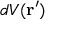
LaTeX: d V ( \mathbf { r } ^ { \prime } )